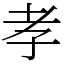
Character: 孝